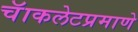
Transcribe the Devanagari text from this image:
चॅाकलेटप्रमाणे